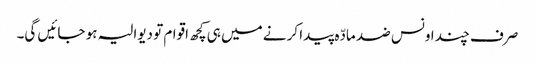
صرف چند اونس ضد مادّہ پیدا کرنے میں ہی کچھ اقوام تو دیوالیہ ہو جائیں گی۔